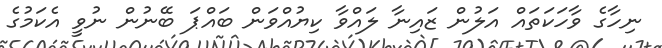
ނިހާގެ ވާހަކަތައް އަލުން ޒައިނާ ލައްވާ ކިޔުއްވަން ބައްޕަ ބޭނުން ނުވީ އެކަމުގެ